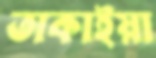
তাকাইয়া